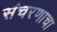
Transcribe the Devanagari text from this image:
संचरणाचा